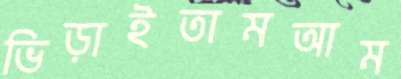
ভিড়াইতামআম